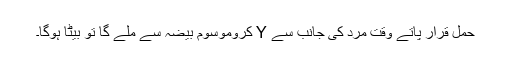
حمل قرار پاتے وقت مرد کی جانب سے Y کروموسوم بیضہ سے ملے گا تو بیٹا ہوگا۔